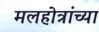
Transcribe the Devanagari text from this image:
मलहोत्रांच्या